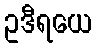
ဥဒီရယေ